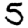
Digit: 5